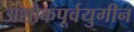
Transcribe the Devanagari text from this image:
अशोकपूर्वयुगीन